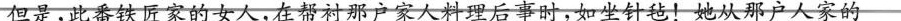
但是，此番铁匠家的女人,在帮衬那户家人料理后事时，如坐针毡! 她从那户人家的